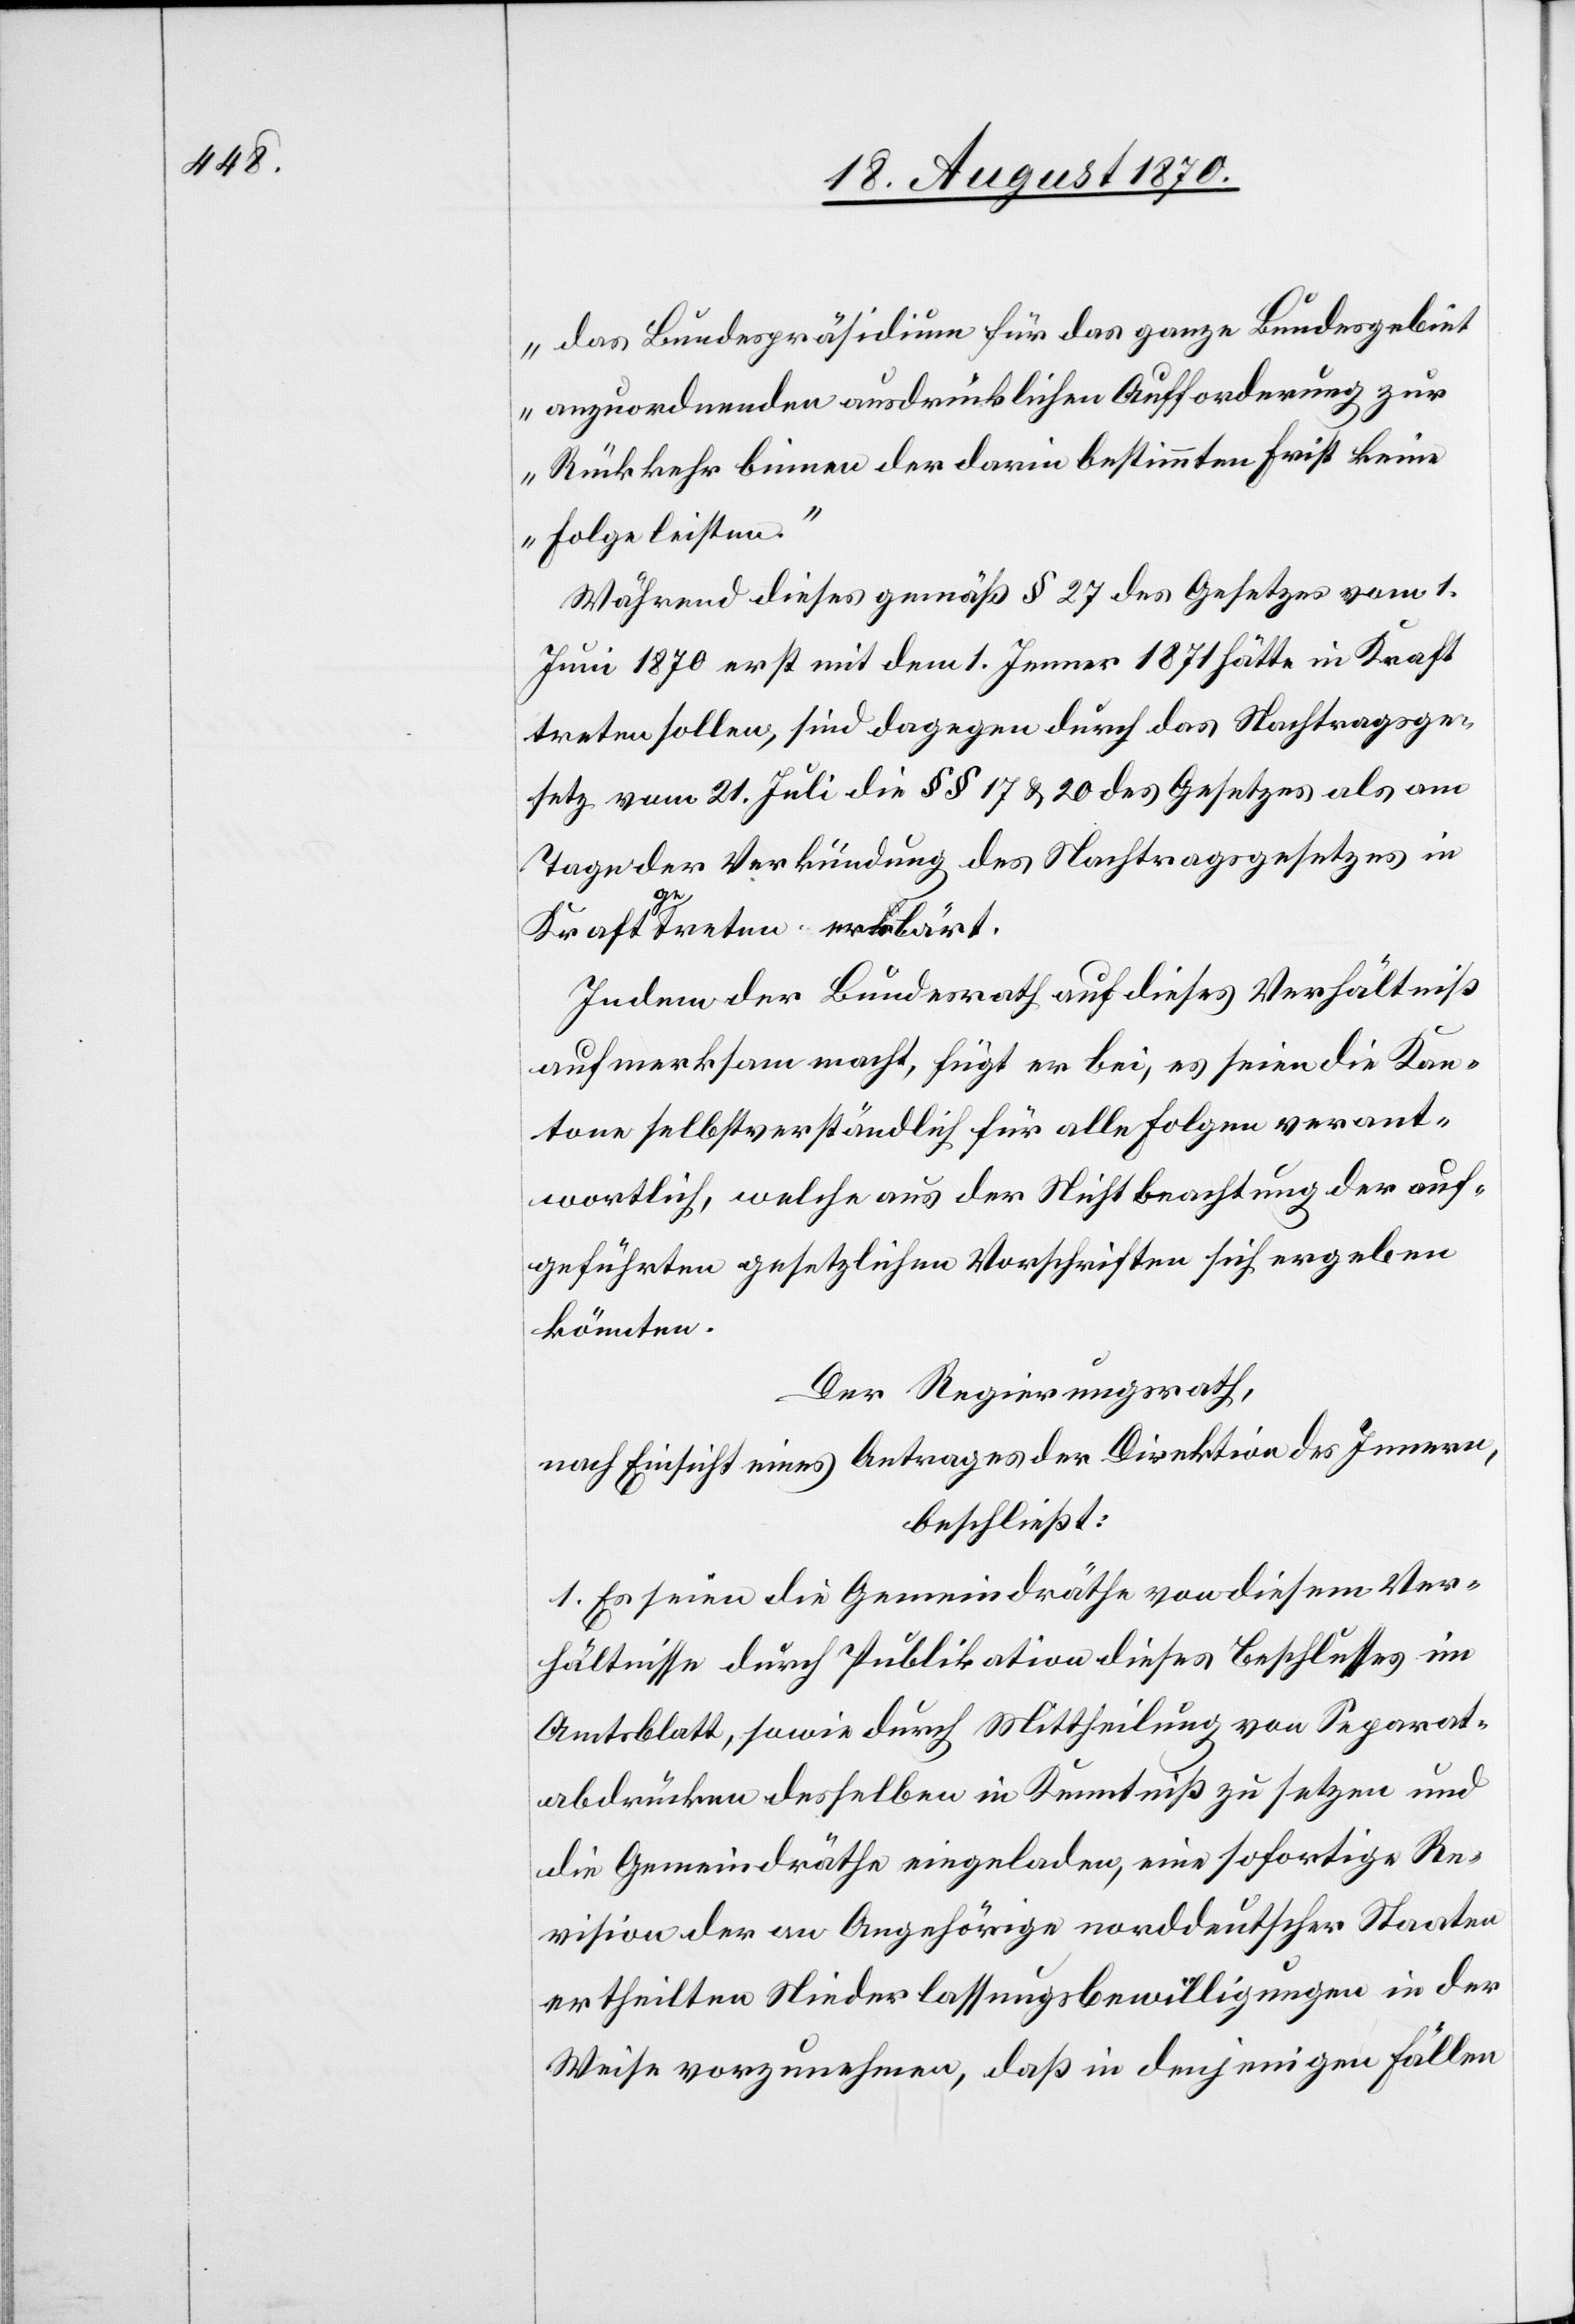
das Bundespräsidium für das ganze Bundesgebiet
anzuordnenden ausdrücklichen Aufforderung zur
Rückkehr binnen der darin bestimmten Frist keine
Folge leisten.“
Während dieses gemäß § 27 des Gesetzes vom 1.
Juni 1870 erst mit dem 1. Jenner 1871 hätte in Kraft
treten sollen, sind dagegen durch das Nachtragsge¬
setz vom 21. Juli die §§ 17 & 20 des Gesetzes als am
Tage der Verkündung des Nachtragsgesetzes in
Kraft getreten erklärt.
Indem der Bundesrath auf dieses Verhältniß
aufmerksam macht, fügt er bei, es seien die Kan¬
tone selbstverständlich für alle Folgen verant¬
wortlich, welche aus der Nichtbeachtung der auf¬
geführten gesetzlichen Vorschriften sich ergeben
können.
Der Regierungsrath,
nach Einsicht eines Antrages der Direktion des Innern,
beschließt:
1. Es seien die Gemeindräthe von diesem Ver¬
hältnisse durch Publikation dieses Beschlusses im
Amtsblatt, sowie durch Mittheilung von Separat¬
abdrücken desselben in Kenntniß zu setzen und
die Gemeindräthe eingeladen, eine sofortige Re¬
vision der an Angehörige norddeutscher Staaten
ertheilten Niederlassungsbewilligungen in der
Weise vorzunehmen, daß in denjenigen Fällen